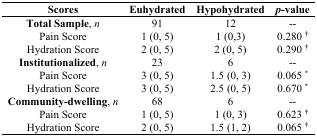
| Scores | Euhydrated | Hypohydrated | p-value |
 | --- | --- | --- | --- |
 | Total Sample, n | 91 | 12 | -- |
 | Pain Score | 1 (0, 5) | 1 (0,3) | 0.280 † |
 | Hydration Score | 2 (0, 5) | 2 (0, 5) | 0.290 † |
 | Institutionalized, n | 23 | 6 | -- |
 | Pain Score | 3 (0, 5) | 1.5 (0, 3) | 0.065 * |
 | Hydration Score | 3 (0, 5) | 2.5 (0, 5) | 0.670 * |
 | Community-dwelling, n | 68 | 6 | -- |
 | Pain Score | 1 (0, 5) | 1 (0, 3) | 0.623 † |
 | Hydration Score | 2 (0, 5) | 1.5 (1, 2) | 0.065 † |